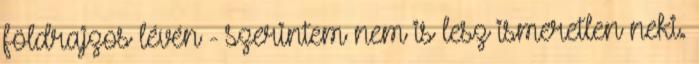
földrajzos lévén - szerintem nem is lesz ismeretlen neki.